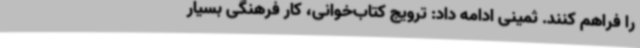
را فراهم کنند. ثمینی ادامه داد: ترویج کتاب‌خوانی، کار فرهنگی بسیار